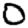
Digit: 0